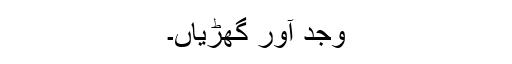
وجد آور گھڑیاں۔